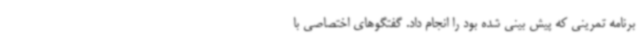
برنامه تمرینی که پیش بینی شده بود را انجام داد. گفتگوهای اختصاصی با